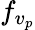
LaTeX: f_{v_{p}}